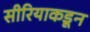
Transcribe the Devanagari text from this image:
सीरियाकडून